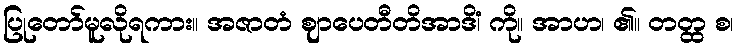
ပြုတော်မူလိုရကား။ အဇာတံ ဈာပေတီတိအာဒိံ၊ ကို။ အာဟ၊ ၏။ တတ္ထ စ၊